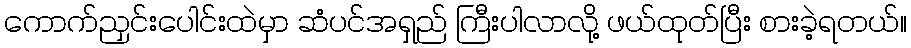
ကောက်ညှင်းပေါင်းထဲမှာ ဆံပင်အရှည် ကြီးပါလာလို့ ဖယ်ထုတ်ပြီး စားခဲ့ရတယ်။